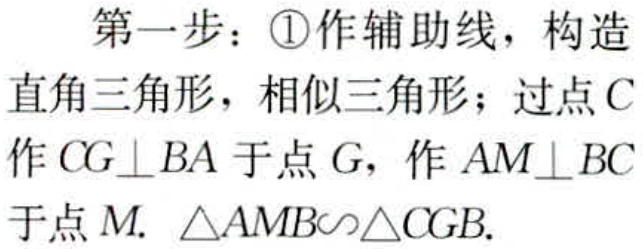
第一步：\textcircled{1}作辅助线，构造直角三角形，相似三角形；过点\(C\)作\(CG\perp BA\)于点\(G\)，作\(AM\perp BC\)于点\(M.\ \triangle AMB\sim\triangle CGB.\)